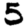
Digit: 5